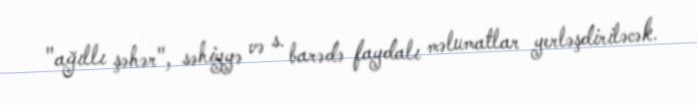
"ağıllı şəhər", səhiyyə və s. barədə faydalı məlumatlar yerləşdiriləcək.